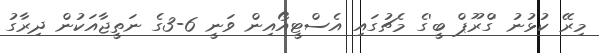
މިރޭ ކުޅުނު 'ގްރޫޕް ބީ'ގެ މެޗުގައި އެސްޓީއޯއިން ވަނީ 6-3ގެ ނަތީޖާއަކުން ދިރާގު